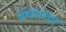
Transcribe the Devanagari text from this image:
वापरांच्या